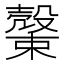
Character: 𣝝